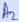
Text: A2